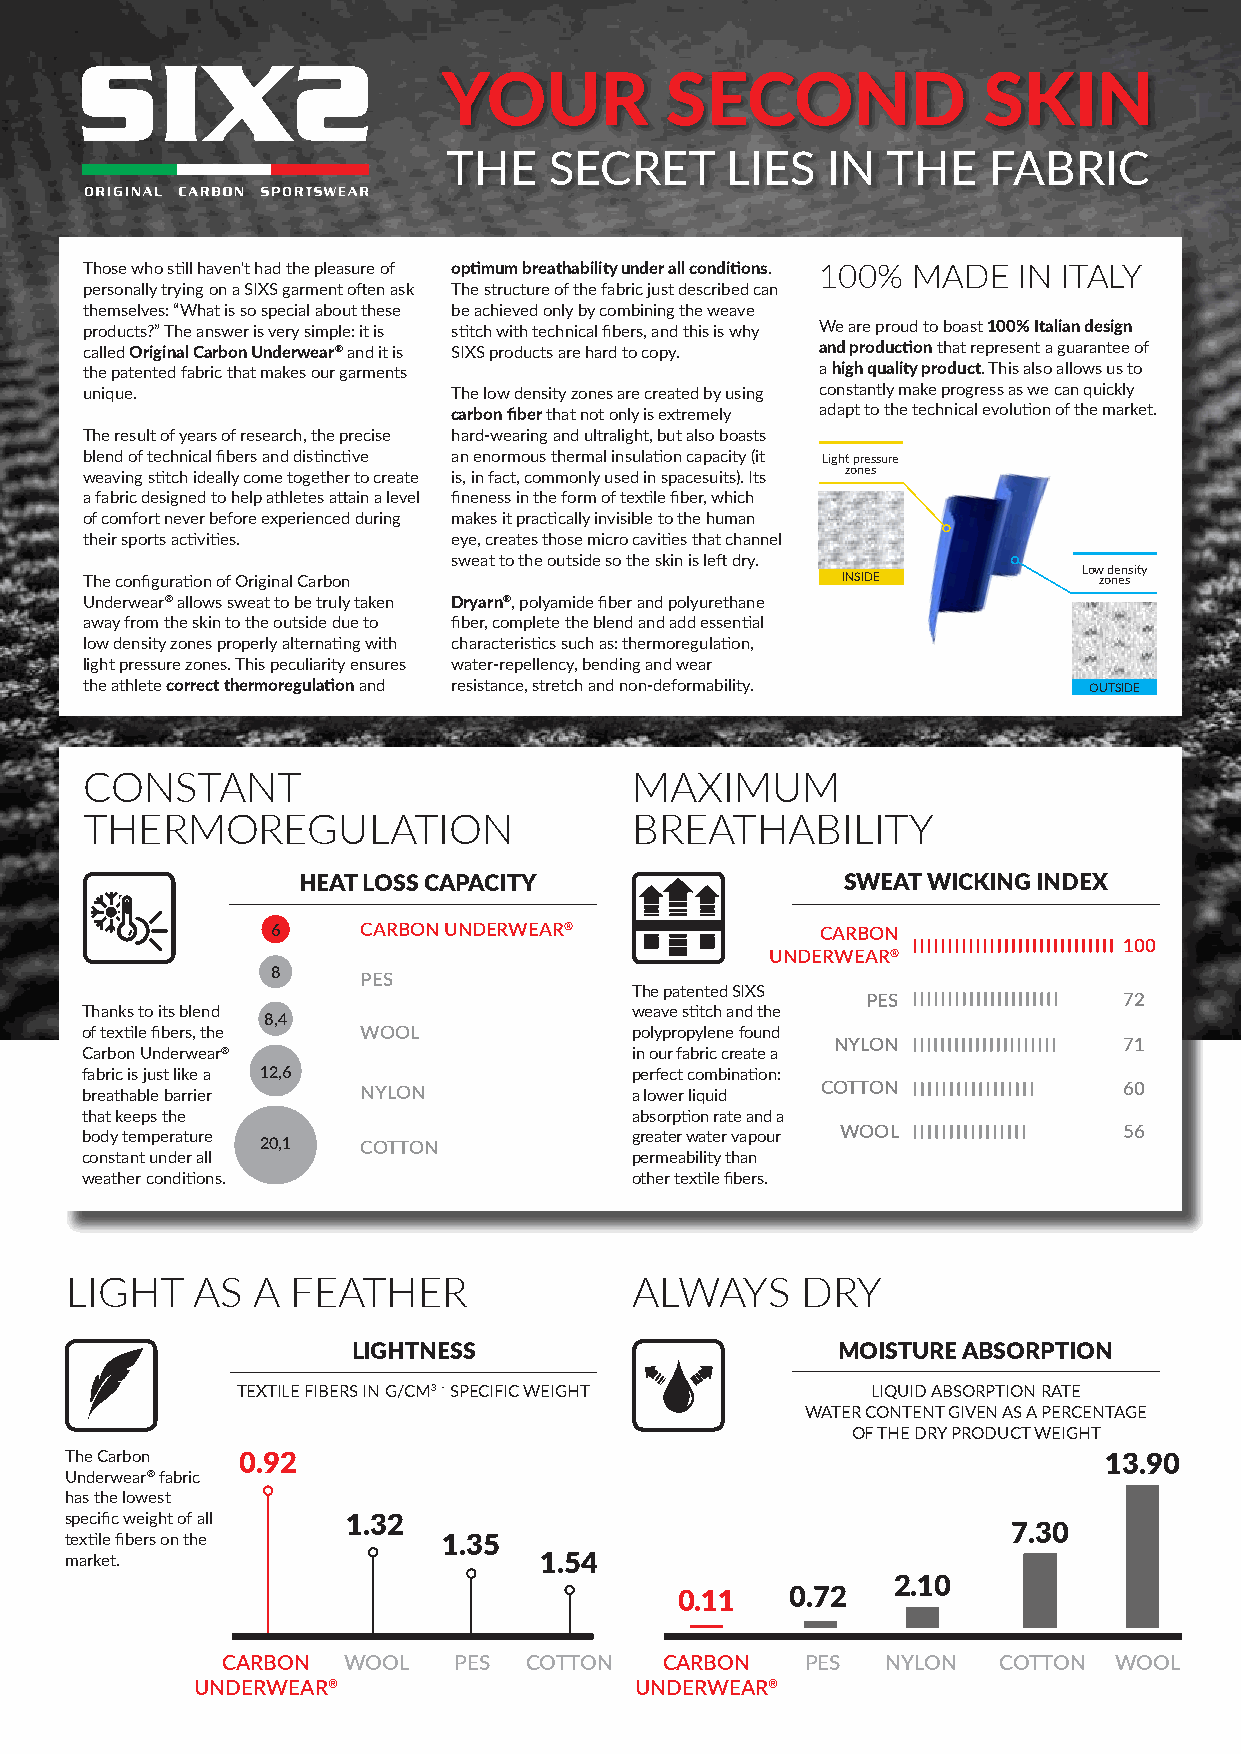
Your           second               skin
 the   secret      lies   in  the   fabric
 Those who still haven't had the pleasure of optimum breathability under all conditions. 100% MaDe in itaLY
 personally trying on a SIXS garment often ask The structure of the fabric just described can
 themselves: “What is so special about these be achieved only by combining the weave
 products?” The answer is very simple: it is stitch with technical fibers, and this is why We are proud to boast 100% Italian design
 called original carbon underwear® and it is SIXS products are hard to copy. and production that represent a guarantee of
 the patented fabric that makes our garments      a high quality product. This also allows us to
 unique.                  The low density zones are created by using constantly make progress as we can quickly
 carbon fiber that not only is extremely adapt to the technical evolution of the market.
 The result of years of research, the precise hard-wearing and ultralight, but also boasts
 blend of technical fibers and distinctive an enormous thermal insulation capacity (it Light pressure
 weaving stitch ideally come together to create is, in fact, commonly used in spacesuits). Its zones
 a fabric designed to help athletes attain a level fineness in the form of textile fiber, which
 of comfort never before experienced during makes it practically invisible to the human
 their sports activities. eye, creates those micro cavities that channel
 sweat to the outside so the skin is left dry.
 low density
 The configuration of Original Carbon               inside           zones
 underwear® allows sweat to be truly taken Dryarn®, polyamide fiber and polyurethane
 away from the skin to the outside due to fiber, complete the blend and add essential
 low density zones properly alternating with characteristics such as: thermoregulation,
 light pressure zones. This peculiarity ensures water-repellency, bending and wear
 the athlete correct thermoregulation and resistance, stretch and non-deformability. outside
 Constant                             MaxiMuM
 therMoreguLation                     breathabiLitY
 heat loss capacity                  sweat wicking index
 6     Carbon Underwear®             Carbon
 100
 Underwear®
 8     Pes
 the patented sixs
 Pes              72
 thanks to its blend                  weave stitch and the
 8,4
 of textile fibers, the wool          polypropylene found
 nylon              71
 carbon underwear®                    in our fabric create a
 fabric is just like a 12,6           perfect combination:
 breathable barrier nylon             a lower liquid Cotton           60
 that keeps the                       absorption rate and a
 body temperature                     greater water vapour wool       56
 20,1   Cotton
 constant under all                   permeability than
 weather conditions.                  other textile fibers.
 Light    as  a feather                aLWaYs     DrY
 lightness                       moisture absorption
 textile fibers in g/cm3 - specific weight liquid absorption rate
 water content given as a percentage
 of the dry product weight
 the carbon  0.92                                                     13.90
 underwear® fabric
 has the lowest
 specific weight of all 1.32
 7.30
 textile fibers on the    1.35
 market.                         1.54
 2.10
 0.11   0.72
 Carbon  wool   Pes  Cotton   Carbon   Pes   nylon  Cotton  wool
 Underwear®                   Underwear®